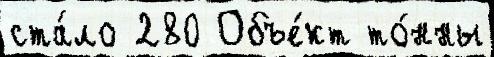
ста́ло 280 Объе́кт то́нны